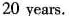
20 years.